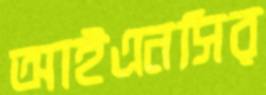
আইএনসির